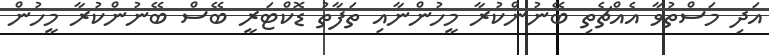
އަދި މަސްތުވާ އެއްޗެތި ބޭނުންކުރާ މީހުންނާއި ތަފާތު ޑޮކްޓަރީ ބޭސް ބޭނުންކުރާ މީހުން